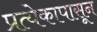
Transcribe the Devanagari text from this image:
प्रत्येकापासून